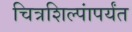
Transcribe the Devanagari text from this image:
चित्रशिल्पांपर्यंत